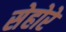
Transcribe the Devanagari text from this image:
सेहोरे